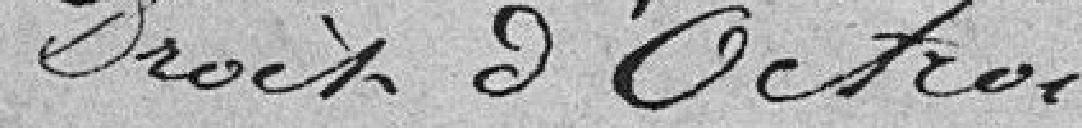
Droit d'Octroi